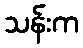
သန်းက